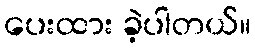
ပေးထား ခဲ့ပါတယ်။